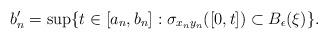
LaTeX: \begin{align*}b_n^\prime = \sup \{ t \in [a_n,b_n] : \sigma_{x_ny_n}([0,t]) \subset B_{\epsilon}(\xi)\}.\end{align*}